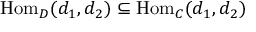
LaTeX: \mathrm { H o m } _ { D } ( d _ { 1 } , d _ { 2 } ) \subseteq \mathrm { H o m } _ { C } ( d _ { 1 } , d _ { 2 } )